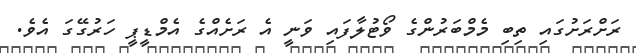
ރަށްރަށުގައި ތިބި މެމްބަރުންގެ ވޯޓުލާފައި ވަނީ އެ ރަށެއްގެ އެމްޑީޕީ ހަރުގޭގަ އެވެ.